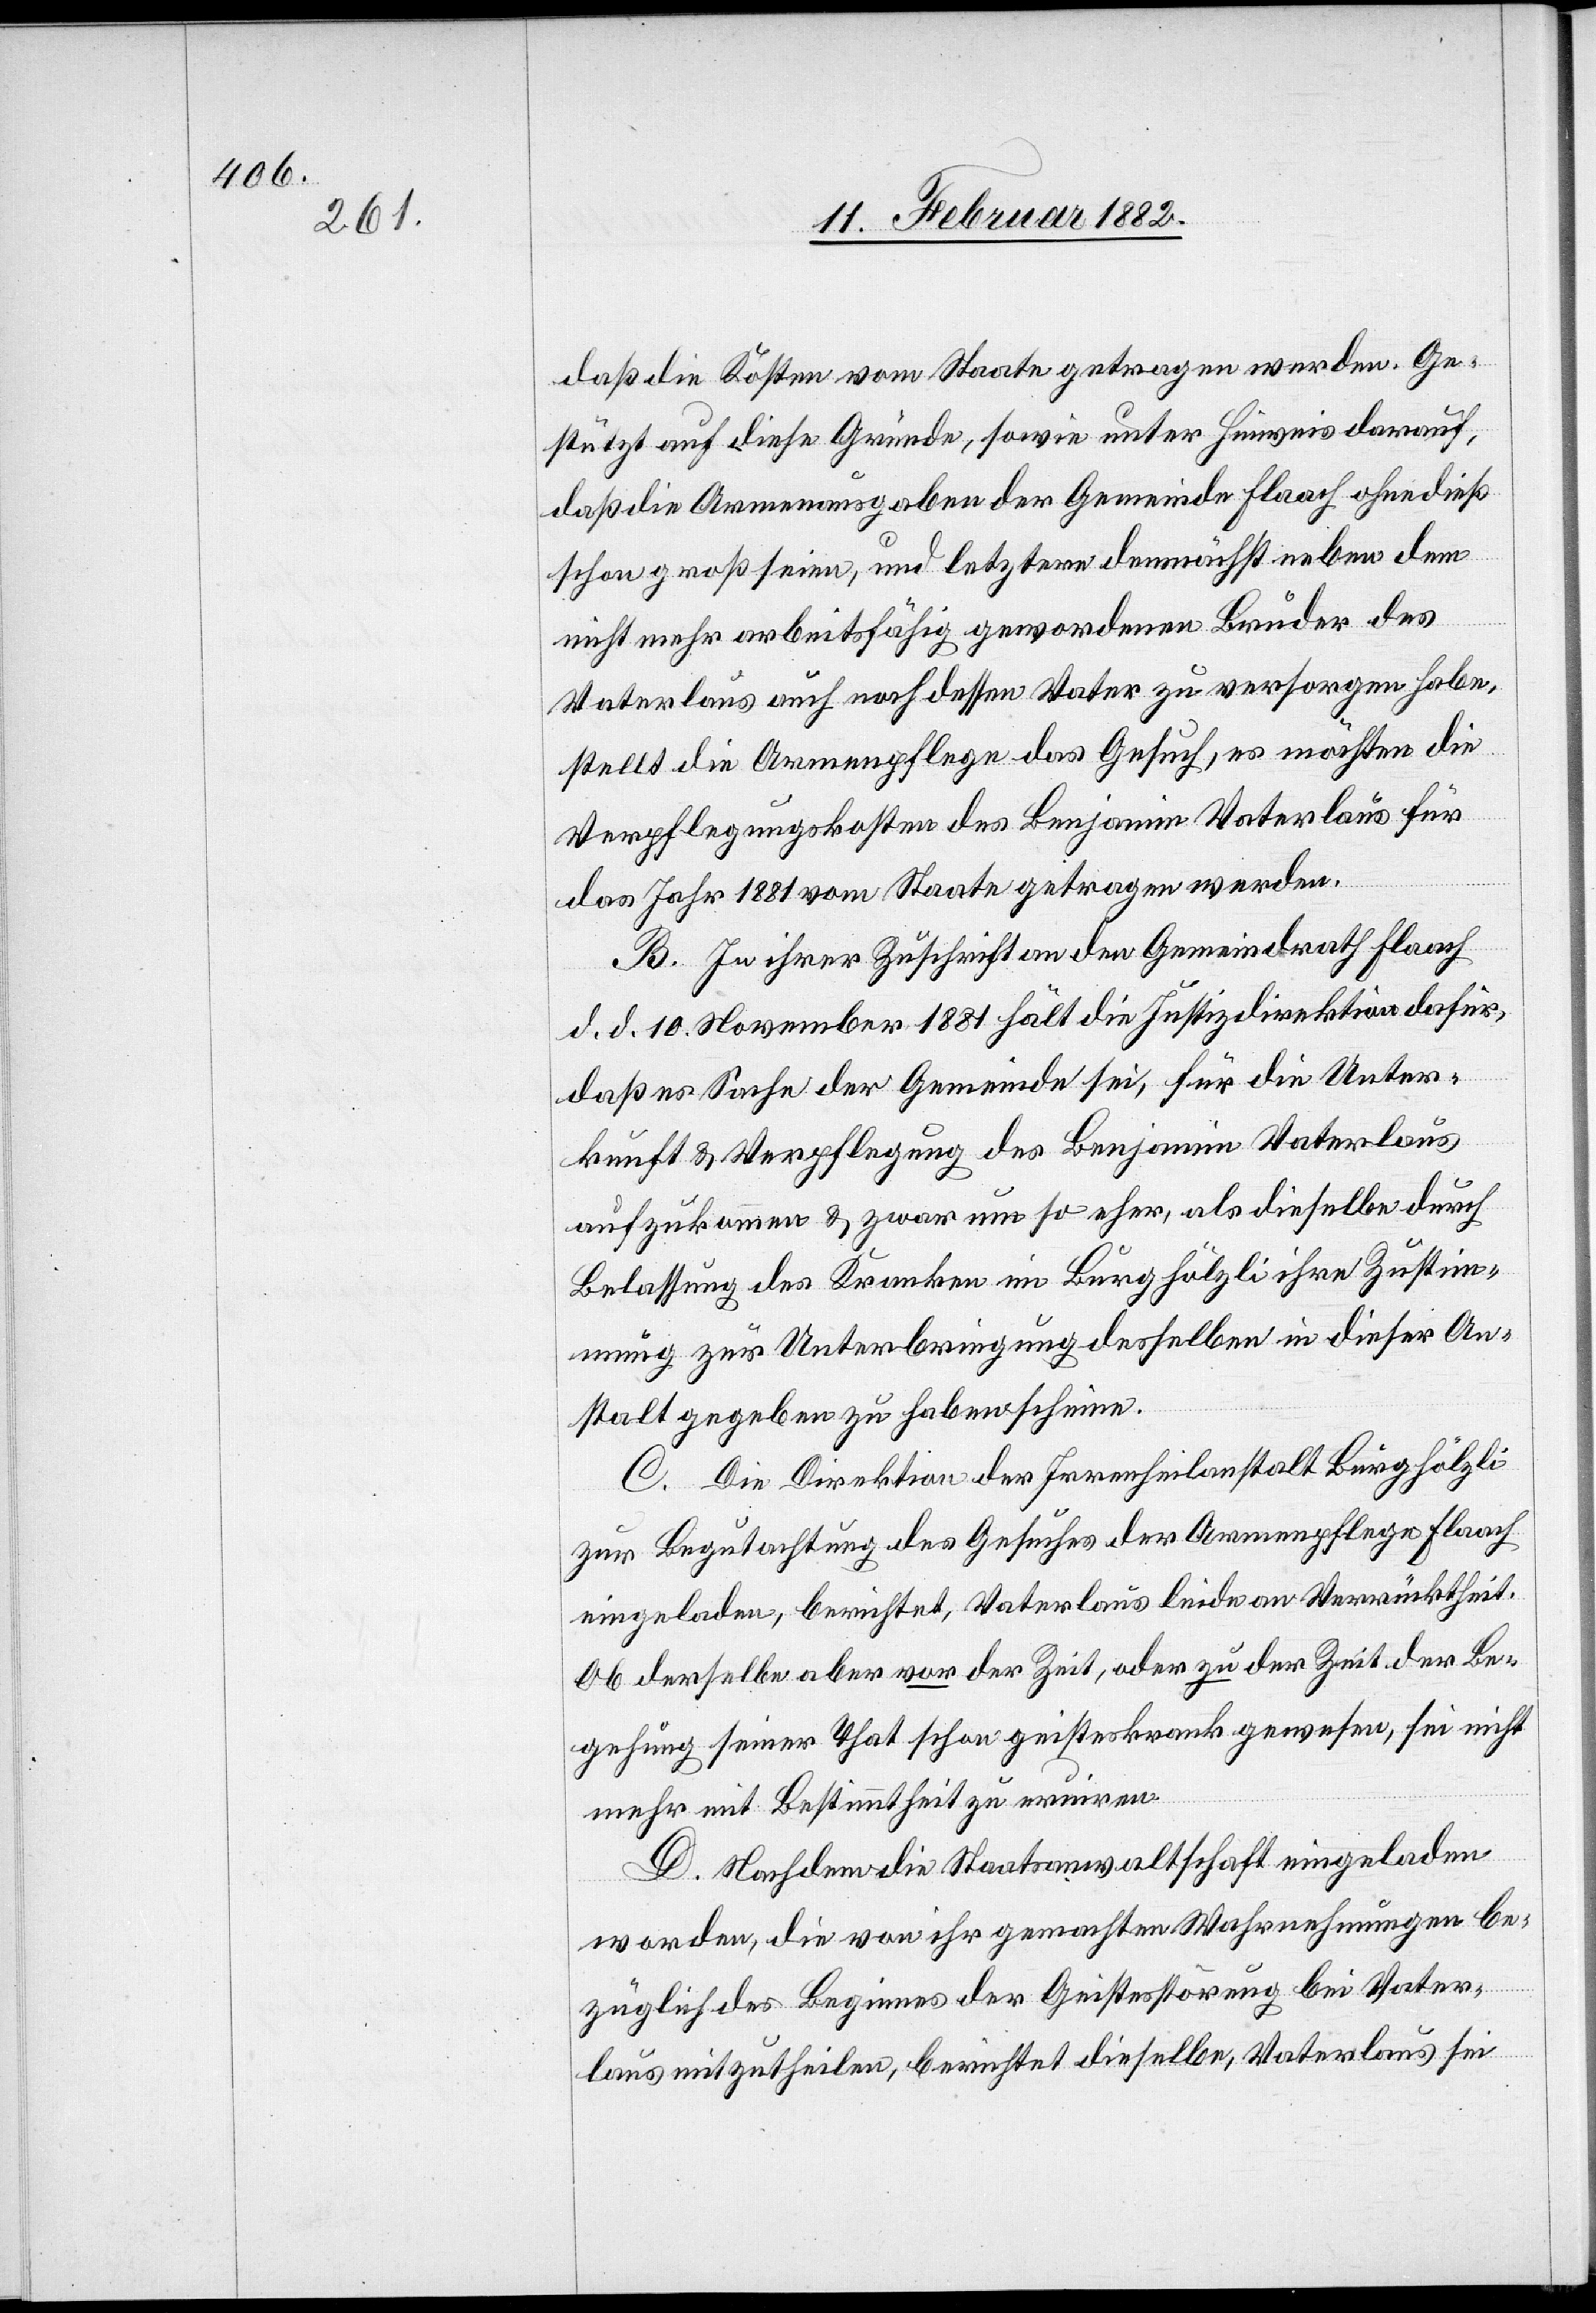
daß die Kosten vom Staate getragen werden. Ge¬
stützt auf diese Gründe, sowie unter Hinweis darauf,
daß die Armenausgaben der Gemeinde Flaach ohne dieß
schon groß seien, und letztere demnächst neben dem
nicht mehr arbeitsfähig gewordenen Bruder des
Vaterlaus auch noch dessen Vater zu versorgen habe,
stellt die Armenpflege das Gesuch, es möchten die
Verpflegungskosten des Benjamin Vaterlaus für
das Jahr 1881 vom Staate getragen werden.
B. In ihrer Zuschrift an den Gemeindrath Flaach
d. d. 10. November 1881 hält die Justizdirektion dafür,
daß es Sache der Gemeinde sei, für die Unter¬
kunft & Verpflegung des Benjamin Vaterlaus
aufzukommen, & zwar um so eher, als dieselbe durch
Belassung des Kranken im Burghölzli ihre Zustim¬
mung zur Unterbringung desselben in diese An¬
stalt gegeben zu haben scheine.
C. Die Direktion der Irrenheilanstalt Burghölzli
zur Begutachtung des Gesuches der Armenpflege Flaach
eingeladen, berichtet, Vaterlaus leide an Verrücktheit.
Ob derselbe aber vor der Zeit, oder zu der Zeit der Be¬
gehung seiner That schon geisteskrank gewesen, sei nicht
mehr mit Bestimmung zu eruiren.
D. Nachdem die Staatsanwaltschaft eingeladen
worden, die von ihr gemachten Wahrnehmungen be¬
züglich des Beginnes der Geistesstörung bei Vater¬
laus mitzutheilen, berichtet dieselbe, Vaterlaus sei